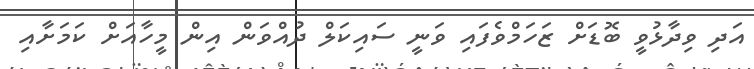
އަދި ވިދާޅުވީ ބޮޑަށް ޒަހަމްވެފައި ވަނީ ސައިކަލް ދުއްވަން އިން މީހާއަށް ކަމަށާއި